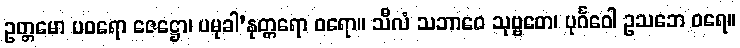
ဥတ္တမော ပဝရော ဇေဋ္ဌော၊ ပမုခါ’နုတ္တရော ဝရော။ သီလံ သဘာဝေ သုဗ္ဗတေ၊ ပုင်္ဂဝေါ ဥသဘေ ဝရေ။